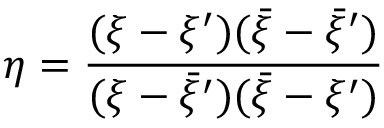
\eta = \frac { ( \xi - \xi ^ { \prime } ) ( \bar { \xi } - \bar { \xi } ^ { \prime } ) } { ( \xi - \bar { \xi } ^ { \prime } ) ( \bar { \xi } - \xi ^ { \prime } ) }